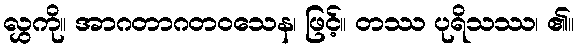
လွှကို။ အာဂတာဂတဝသေန၊ ဖြင့်။ တဿ ပုရိသဿ၊ ၏။